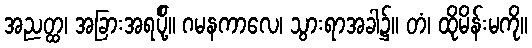
အညတ္ထ၊ အခြားအရပ်ို့။ ဂမနကာလေ၊ သွားရာအခါ၌။ တံ၊ ထိုမိန်းမကို။